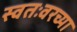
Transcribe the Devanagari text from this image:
स्वतःवरच्या